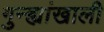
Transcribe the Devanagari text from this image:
गुन्ह्यांखाली